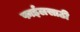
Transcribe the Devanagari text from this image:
फाईलसाठी